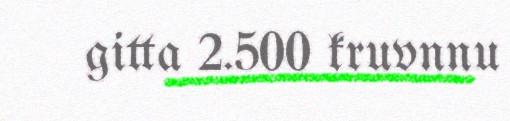
gitta 2.500 kruvnnu